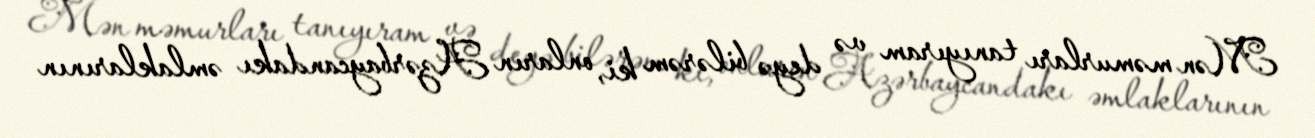
Mən məmurları tanıyıram və deyə bilərəm ki, onların Azərbaycandakı əmlaklarının